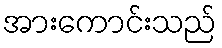
အားကောင်းသည်